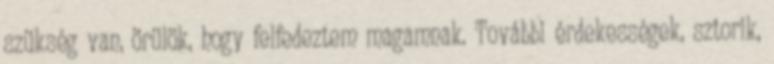
szükség van, örülök, hogy felfedeztem magamnak. További érdekességek, sztorik,